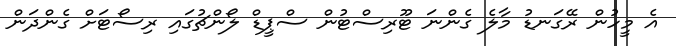
އެ މީހުން ރޭގަނޑު މާލެ ގެންނަ ޓޫރިސްޓުން ސްޕީޑް ލޯންޗުގައި ރިސޯޓަށް ގެންދަން